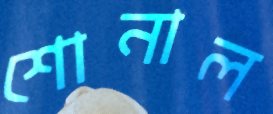
শোনাল